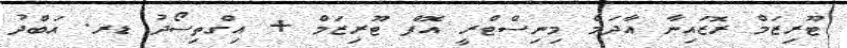
ޓޫރިޒަމް ރޮޒައިނާ އާދަމް މިނިސްޓްރީ އޮފް ޓޫރިޒަމް + އިގްތިސޯދު ޑރ. އަބްދު